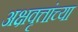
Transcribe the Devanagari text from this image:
अक्षवृत्तांच्या